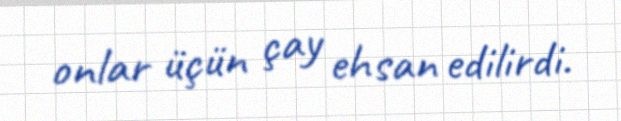
onlar üçün çay ehsan edilirdi.